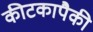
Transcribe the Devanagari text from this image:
कीटकापैकी